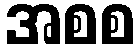
အစစ